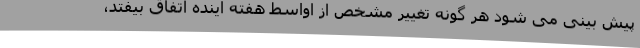
پیش بینی می شود هر گونه تغییر مشخص از اواسط هفته آینده اتفاق بیفتد،